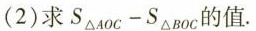
(2)求$$S _ { △ A O C } - S _ { △ B O C }$$的值.